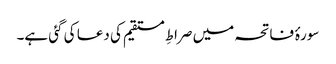
سورۂ فاتحہ میں صراطِ مستقیم کی دعا کی گئی ہے۔